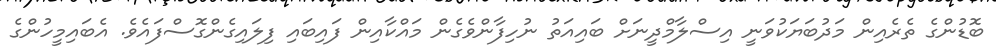
ބޮޑުންގެ ތެރެއިން މަދުބަޔަކުވަނީ އިސްލާމްދީނަށް ބައިއަތު ނުހިފާންވެގެން މައްކާއިން ފައިބައި ފިލައިގެންގޮސްފައެވެ. އެބައިމީހުންގެ